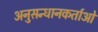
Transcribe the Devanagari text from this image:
अनुसन्धानकर्ताओं